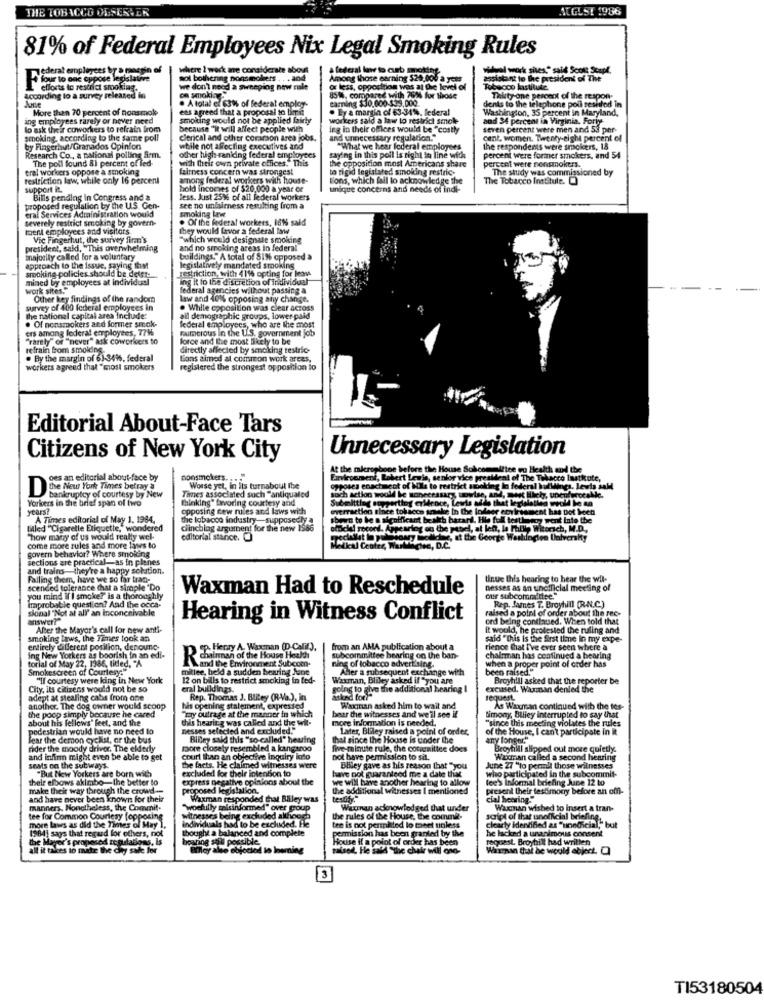
THE TOBACCO OBSERVE
AUGUST 1986
81% of Federal Employees Nix Legal Smoking Rules
jederat employees by > margin of
where 1 werk me considerate about
wühel work sites," said Scott Stapl.
four to one oppose legislatiet
sol bothering nonsmokers .. . and
Among those earning $20,000 a year
assistant to the president of The
according to a survey released in
efforts to restrict smoking.
we don't nocd a sweeping new rale
or less, opposition was at the level of
Tobacco lastitutc.
. A total e. 63% of federal employ-
8514. compared with 7616 for those
earning $30.000-$39,000.
Teksty one percent of the respon-
More than 70 percent of nonsmole
ees agreed that a proposal to limit
. Ey a margin of 63-34%, federal
Washington, 35 percent in Maryland,
denis to the telephone poll reshled in
ing employees rarely or hover need
smoking would not be applied fairly
workers said a law to restrict smoke
and 34 percent in Virginia. Forly
lo ask their coworkers to refrain from
because "it will affect people with
ing in their offices would be "costly
seven percent were men and 53 per-
smoking, according to the same poll
clerical and other coracion area jobs.
cent. women. Twenty-eight percent of
by Fingerhut/Granados Opinion
Research Co, a pational polling firm.
while not affecting executives and
"What we hear federal employees
the respondents were smokers, 15
The poll found 81 percent of led-
other high-raniding federal employees
with their own private offices. This
saying in this poll is right in line with
the opposition most Americans share
percent were former smokers, and 54
percent were nonsmokers.
tral workers oppose a smoking
fairness concern was strongest
to rigid legislated smoking restric-
The study was commissioned by
restriction law, while only 16 percent
among federal workers with house-
lions, which fail to acknowledge the
The Tobacco Institute.
support it.
bold incomes of $20,000 a year or
unique concerns and needs of indi-
Bills pending in Congress and a
less. Just 25% of all federal workers
proposed regulalion by the U.S. Gen-
eral Services Administration would
see no unfairness resulting from a
severely restrict smoking by govern-
smolding law
. Of the federal workers, I616 sald
tuent employees and visitors.
they would favor a federal law
Vic Fingerhut, the survey firm's
"which would designale smoking
president, said, "This overwhelming
and no smoking areas in federal
imajority called for a voluntary
buildings." A total of 81%% opposed a
approach to the Issue, saying that
smoking policies should be deist-
Restriction, with 4114 opting for leave
legislatively mandated smoking
mined by employees at individual
ing it to the discretion of individual
work sites.
federal agencies without passing &
Other key findings of Ihn randomn
law and 401% opposing any change.
survey of 400 federal employees in
. While opposition was clear across
the national capital area Include:
. Of nonsmokers and former smok-
all demographic groups, lower paid
ers among lederal employees, 77%
federal employees, who are the most
Faimcrous in the U.S. government job
"rarely" of "never" ask cowpricers to
force and the most likely to be
refrain from smolding.
directly affected by smoking testric-
. By the margin of 6)-34%, federal
Lions aimed al common work areas,
workers agreed that "miost smokers
registered the strongest opposition to
Editorial About-Face Tars
Citizens of New York City
Unnecessary Legislation
At the microphone before the House Subcommittee ou Health and the
calth and the
oes an editorial about-face by
nonsmokers ... . "
Firvleconsent, Robert Lewis, senior vice president of The Tobacco lastkute,
{ The Telacto
De New York Times betray a
bankruptcy of courtesy by New
Worse yet, In Its turnabout The
opposes enactment of Wills to restrict smoking In federal bulllines. Lewis And
sisch action woold be sonecessary unwise, and, most likely, unenferotalle.
Meral bull
e. les
Yorkers in the brief span of two
Times associated such "antiqualed
thinking" favoring courtesy and
Submittlag sopportiog erMdence, Lewis adde that legislatied would be an
Theky, une
years?
opposing new rules and laws with
overraction since tollscco smake In the Iodeer ecrirsament has pot boet
sent has pot boeh
A Times editorial of May 1, 1984.
the tobacco industry-supposedly a
shawn to be a significant bealth batard. Hie full testlasoy went Into the
47 went tate the
tiled "Cigaretle Etiquette," wondered
clinching argument for the new 1986
ottiche! yocond. Appearing on the papel, at let, la Philip W
Hille Wizorich, M
"how many of us would really wel-
editorial stanice. [
pedilst in pulosoary boliche, at the George Waaldogten University
verkty
come more rules and more lanes to
govern behavior? Where smoking
Halal Center, Warklichee, D.C.
sections are practical-as in planes
and trains-they're a happy solution.
Falling them, have we so far tran-
tinue this hearing to hear the wil-
scended tolerance that a simple "Do
Waxman Had to Reschedule
nesses as an uncificial meeting of
improbable question? And the occa.
you mind If I smoke?" is a thoroughly
our subcommittee."
sional "Not at all' an inconceivable
raised a point of order about the rec-
Rep. James T. Broyhill (R.N.C.)
answer?"
Hearing in Witness Conflict
ord being contlaused. When told that
Alter the Mayor's call for new anti-
i would, he protested the ruling and
smoking laws, the Times took an
said " this Is the first time In my expe-
entirely different position, denounc-
op. Herry A. Waxenan (D-Calif).
from an AMA publication about a
rience that I've ever seen where a
ing New Yorkers as boorish in an edi-
torial of May 22, 1986, titled. "A
chairman of the House Health
subcommittee hearing on the ban-
chairman has continued a bearing
Smokescreen of Courtesy:"
mitlee, held a sudden hearing June
ILand the Environment Subcom-
ning of tobacco advertising.
Aller a subsequent exchange with
when a proper point of order has
been raised."
"Il courtesy were king in New York
12 on bills to restrict smoking in fed-
Broyhill asked that the reporter be
City, its citizens would not be so
eral buildings.
excused. Waranan denied the
adept at stealing cabs from one
Rep. Thomas J. Bliley (R-Va.), in
reque
another The dog owner would scoop
the poop simply because he cared
his opening statement, expressed
Waxman asked him to wait and
As Waxman continued with the tes-
about his fellows' feet, and the
"my outrage at the manner in which
this hearing was called and the wit-
more information is needed.
bear the witnesses and we'll see if
"since this meeting violates the rules
timony, Blliey Interrupted to say that
pedestrian would have no need to
nesses selected and excluded."
Later, Bliley raised a point of order,
of the House, I can't participate in i
Fear the demon cyclist, or the bus
Biley said this "so-called" heuing
thel since the House is under the
any longer."
rider the moody driver. The eldedy
more closely resembled a kangaroo
five-rainute rule, the comagnitlee does
Broyhill slipped out more quietly.
and infirm might even be able to get
court than an objective inquiry kurto
not have permission to si.
Waxman called a second hearing
seats on the subways.
"But New Yorkers are born with
the facts. He claimed witnesses were
excluded for their intention to
Bliley gave as his reason that "you
who participated in the subcommit-
June 27 "lo permil those witnesses
their elbows akimbo-the better to
express negative opinions about the
have not guaranteed me a date think
we will have another hearing to allow
lee's Informal briefing June 12 to
make their way through the crowd --
proposed legislation.
the additional witnesses I mentioned
present their testimony before an off-
and have never been known for their
Waxman responded that Bliley was
cial heering."
manners. Nonetheless, the Commit-
"woefully misinformed" over group
Waxman acknowledged that under
Waxman wished to insert a tran-
tee for Common Courtesy [opposing
Witnesses being excluded althooch
individuals had to be excluded. Fle
the rules of the House, the commit.
script of that unofficial briefing.
clearly identified as "unedicial," but
more laws as did the Times of May 1.
1984) says that regard for others, not
thought a balanced and complete
tee is not permitted lo meet unless
permission has been granted by the
he lacked a unanimous consent
the Magrer's proposed regulations, is
boating soi'll possible.
House If a polot of order has been
request. Broyhill had written
all it takes to make the Chy sale for
Bllloy ale objected to learning
taised. He said "the chair will ono-
Waxman that he would object. C
3
TI53180504